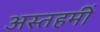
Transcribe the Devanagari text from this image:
अस्तहमीं